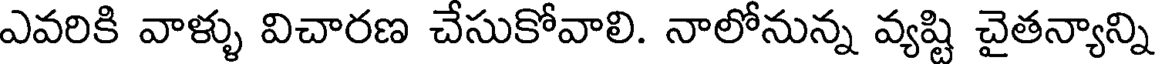
ఎవరికి వాళ్ళు విచారణ చేసుకోవాలి. నాలోనున్న వ్యష్టి చైతన్యాన్ని